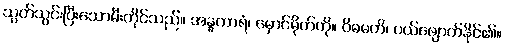
သွတ်သွင်းပြီးသောမီးတိုင်သည်။ အန္ဓကာရံ၊ မှောင်မိုက်ကို။ ဝိဓမတိ၊ ပယ်ဖျောက်နိုင်၏။